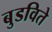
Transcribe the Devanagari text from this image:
बुडविते